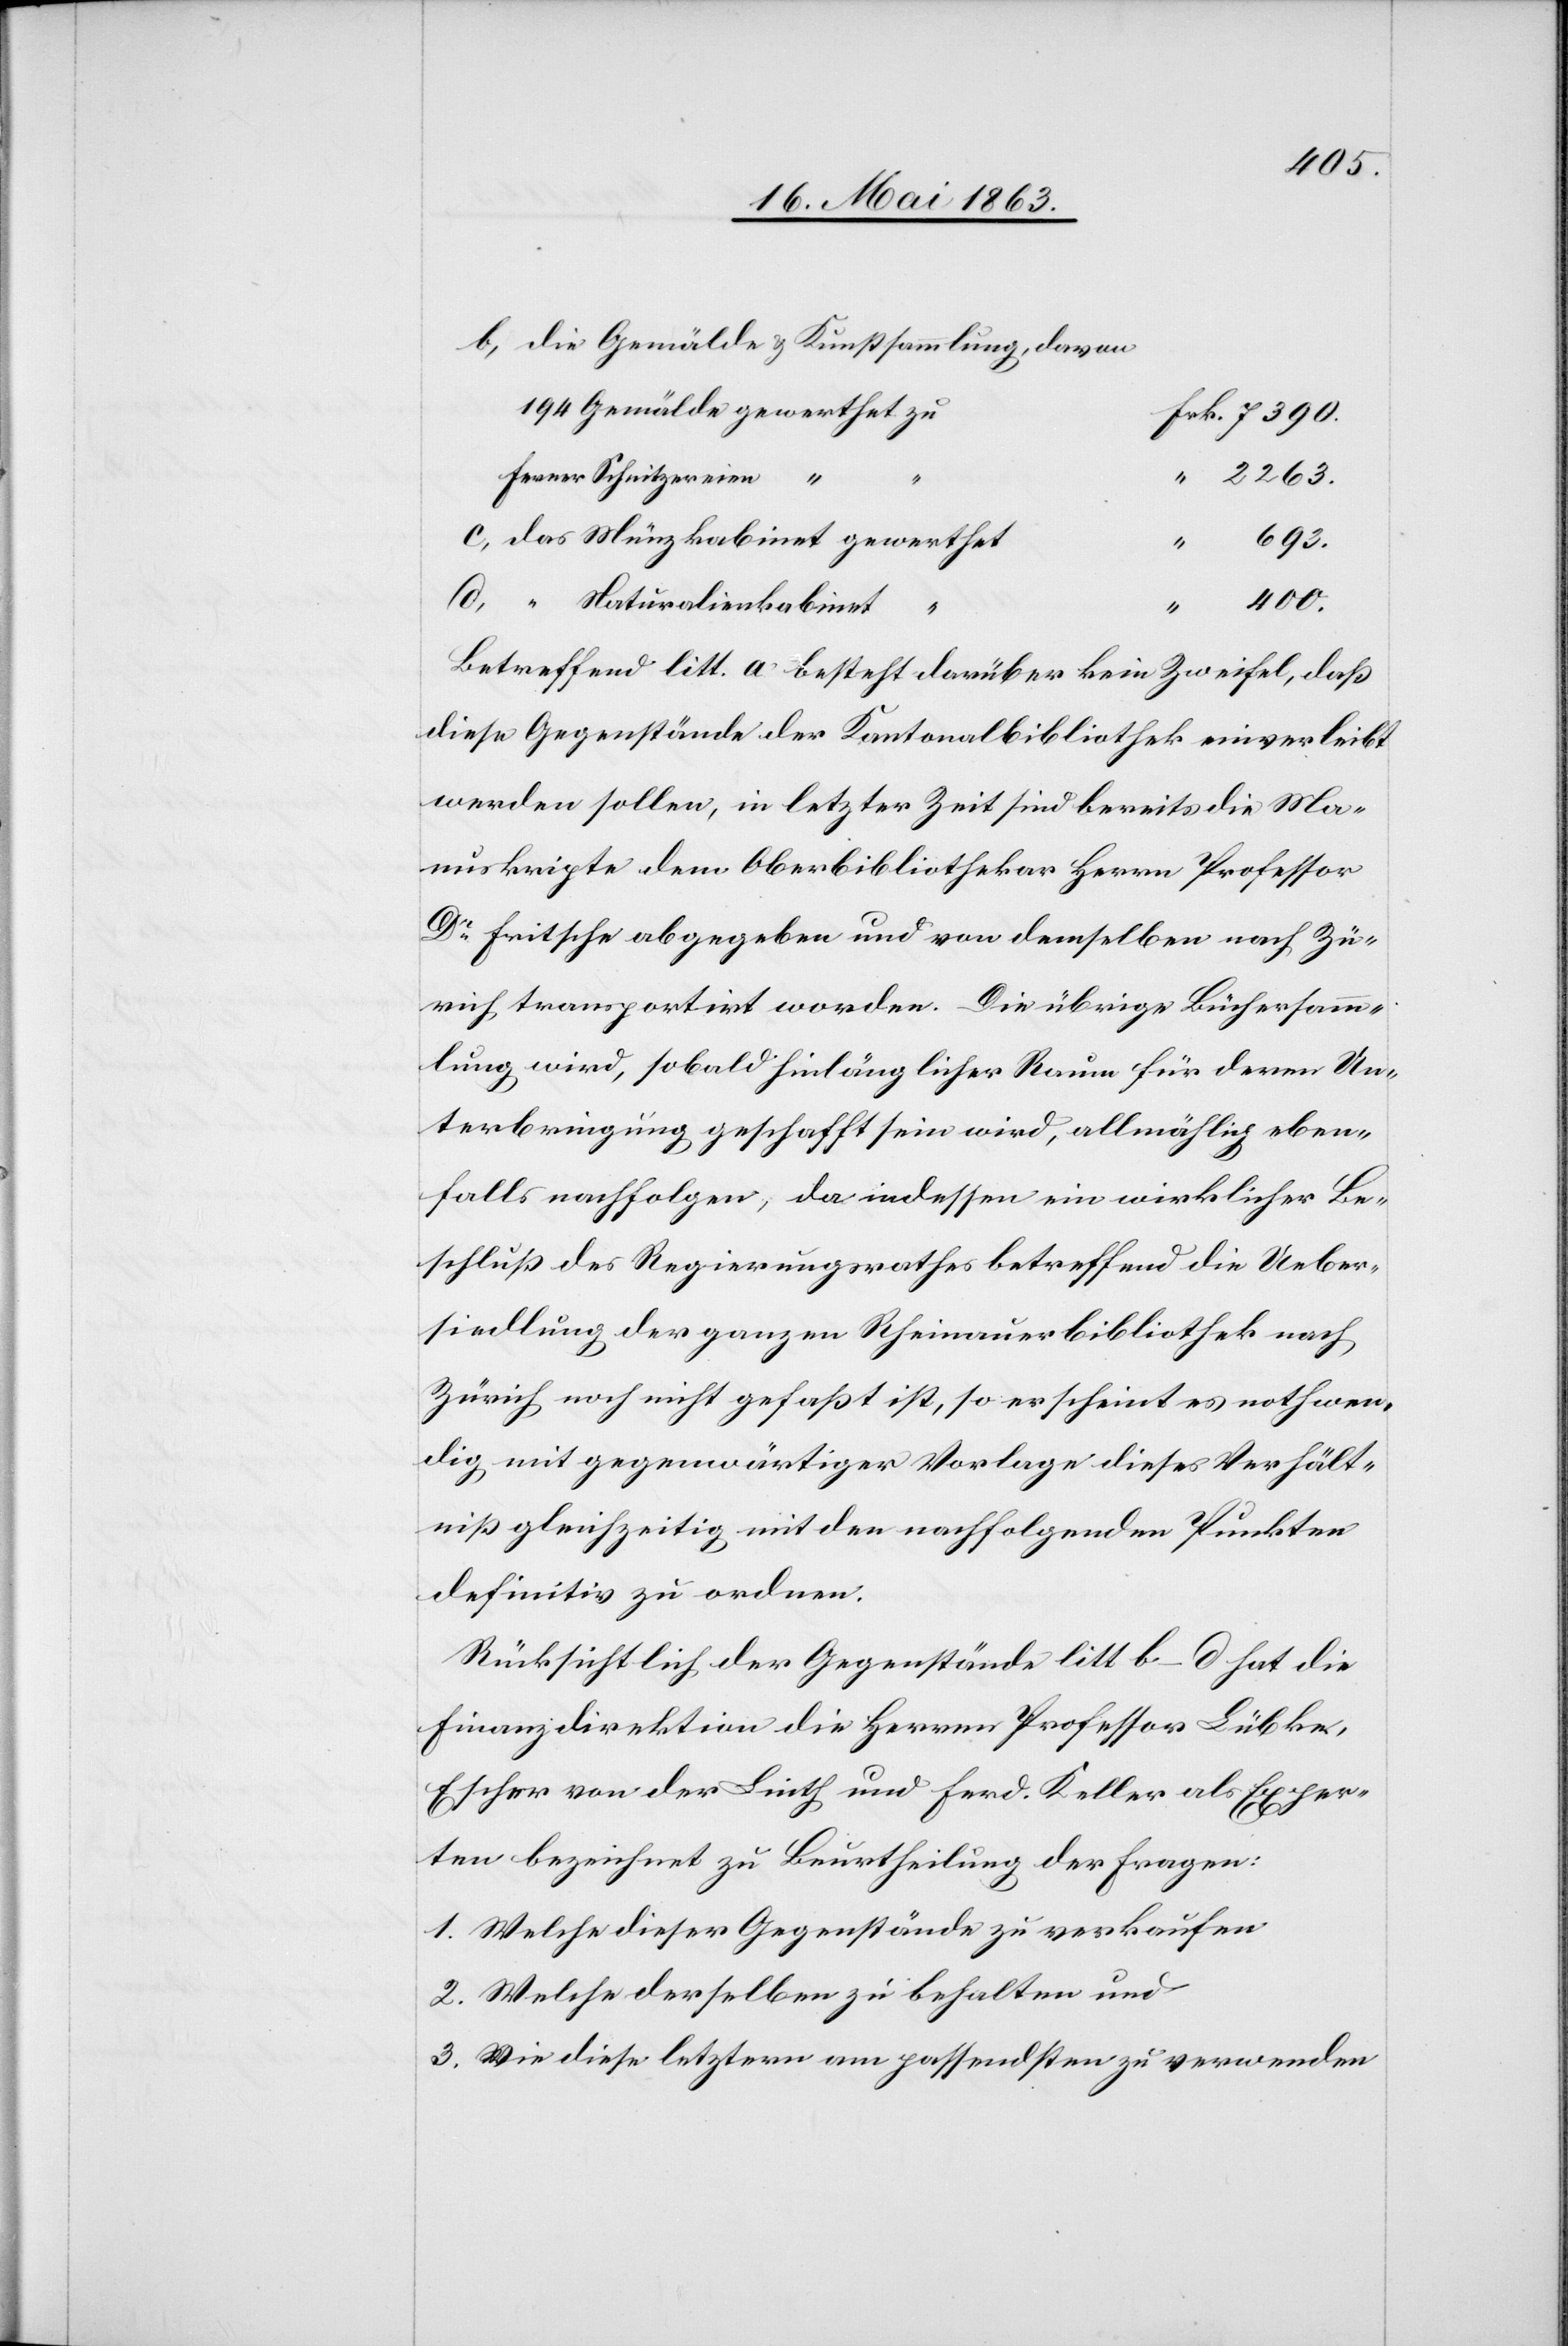
die Gemälde & Kunstsammlung, davon
Ferner Schnitzereien
693.
d)
“ Naturalienkabinet
400.
Betreffend litt. a besteht darüber kein Zweifel, daß
diese Gegenstände der Kantonalbibliothek einverleibt
werden sollen, in letzter Zeit sind bereits die Ma¬
nuskripte dem Oberbibliothekar Herrn Professor
Dr Fritsche abgegeben und von demselben nach Zü¬
rich transportirt worden. Die übrige Büchersam¬
mlung wird, sobald hinlänglicher Raum für deren Un¬
terbringung geschafft sein wird, allmählich eben¬
falls nachfolgen, da indessen ein wirklicher Be¬
schluß des Regierungsrathes betreffend die Ueber¬
siedlung der ganzen Rheinauerbibliothek nach
Zürich noch nicht gefaßt ist, so erscheint es nothwen¬
dig mit gegenwärtiger Vorlage dieses Verhält¬
niß gleichzeitig mit den nachfolgenden Punkten
definitiv zu ordnen.
Rücksichtlich der Gegenstände litt b–d hat die
Finanzdirektion die Herren Professor Lübke,
Escher von der Linth und Ferd. Keller als Exper¬
ten bezeichnet zu Beurtheilung der Fragen:
1. Welche dieser Gegenstände zu verkaufen
2. Welche derselben zu behalten und
3. Wie diese letztern am passendsten zu verwenden